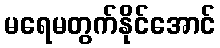
မရေမတွက်နိုင်အောင်